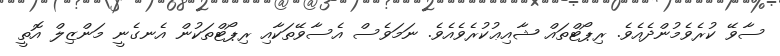
ސާވޭ ކުރެވެމުންދެއެވެ. ރިޕޯޓްތައް ޝާއިޢުކުރެވެއެވެ. ނަމަވެސް އެސާވޭތަކާއި ރިޕޯޓްތަކުން އެނގެނީ މަންޒިލް އޮތީ